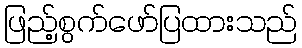
ဖြည့်စွက်ဖော်ပြထားသည်